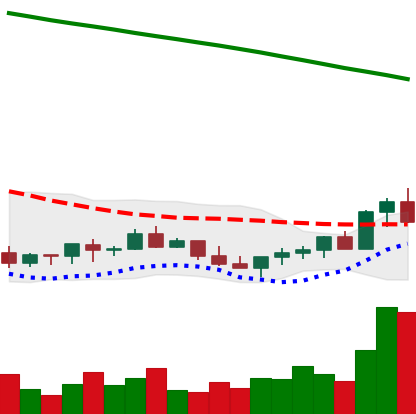
Ticker: LINK-USD
Chart end date: 2022-07-20
Forward return: -5.925%
Label: down_5_7